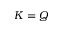
K = Q